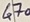
Text: 470